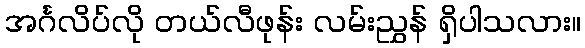
အင်္ဂလိပ်လို တယ်လီဖုန်း လမ်းညွှန် ရှိပါသလား။